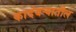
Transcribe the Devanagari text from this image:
कादंबऱ्यातील